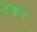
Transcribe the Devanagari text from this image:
देशम्‌